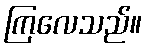
ကြလေသည်။